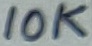
Text: 10K